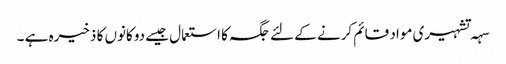
سہہ تشہیری مواد قائم کرنے کے لئے جگہ کا استعمال جیسے دوکانوں کا ذخیرہ ہے ۔